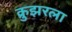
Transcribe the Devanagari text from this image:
क्रुझरला